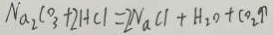
N a _ { 2 } C O _ { 3 } + 2 H C l = 2 N a C l + H _ { 2 } O + C O _ { 2 } \uparrow